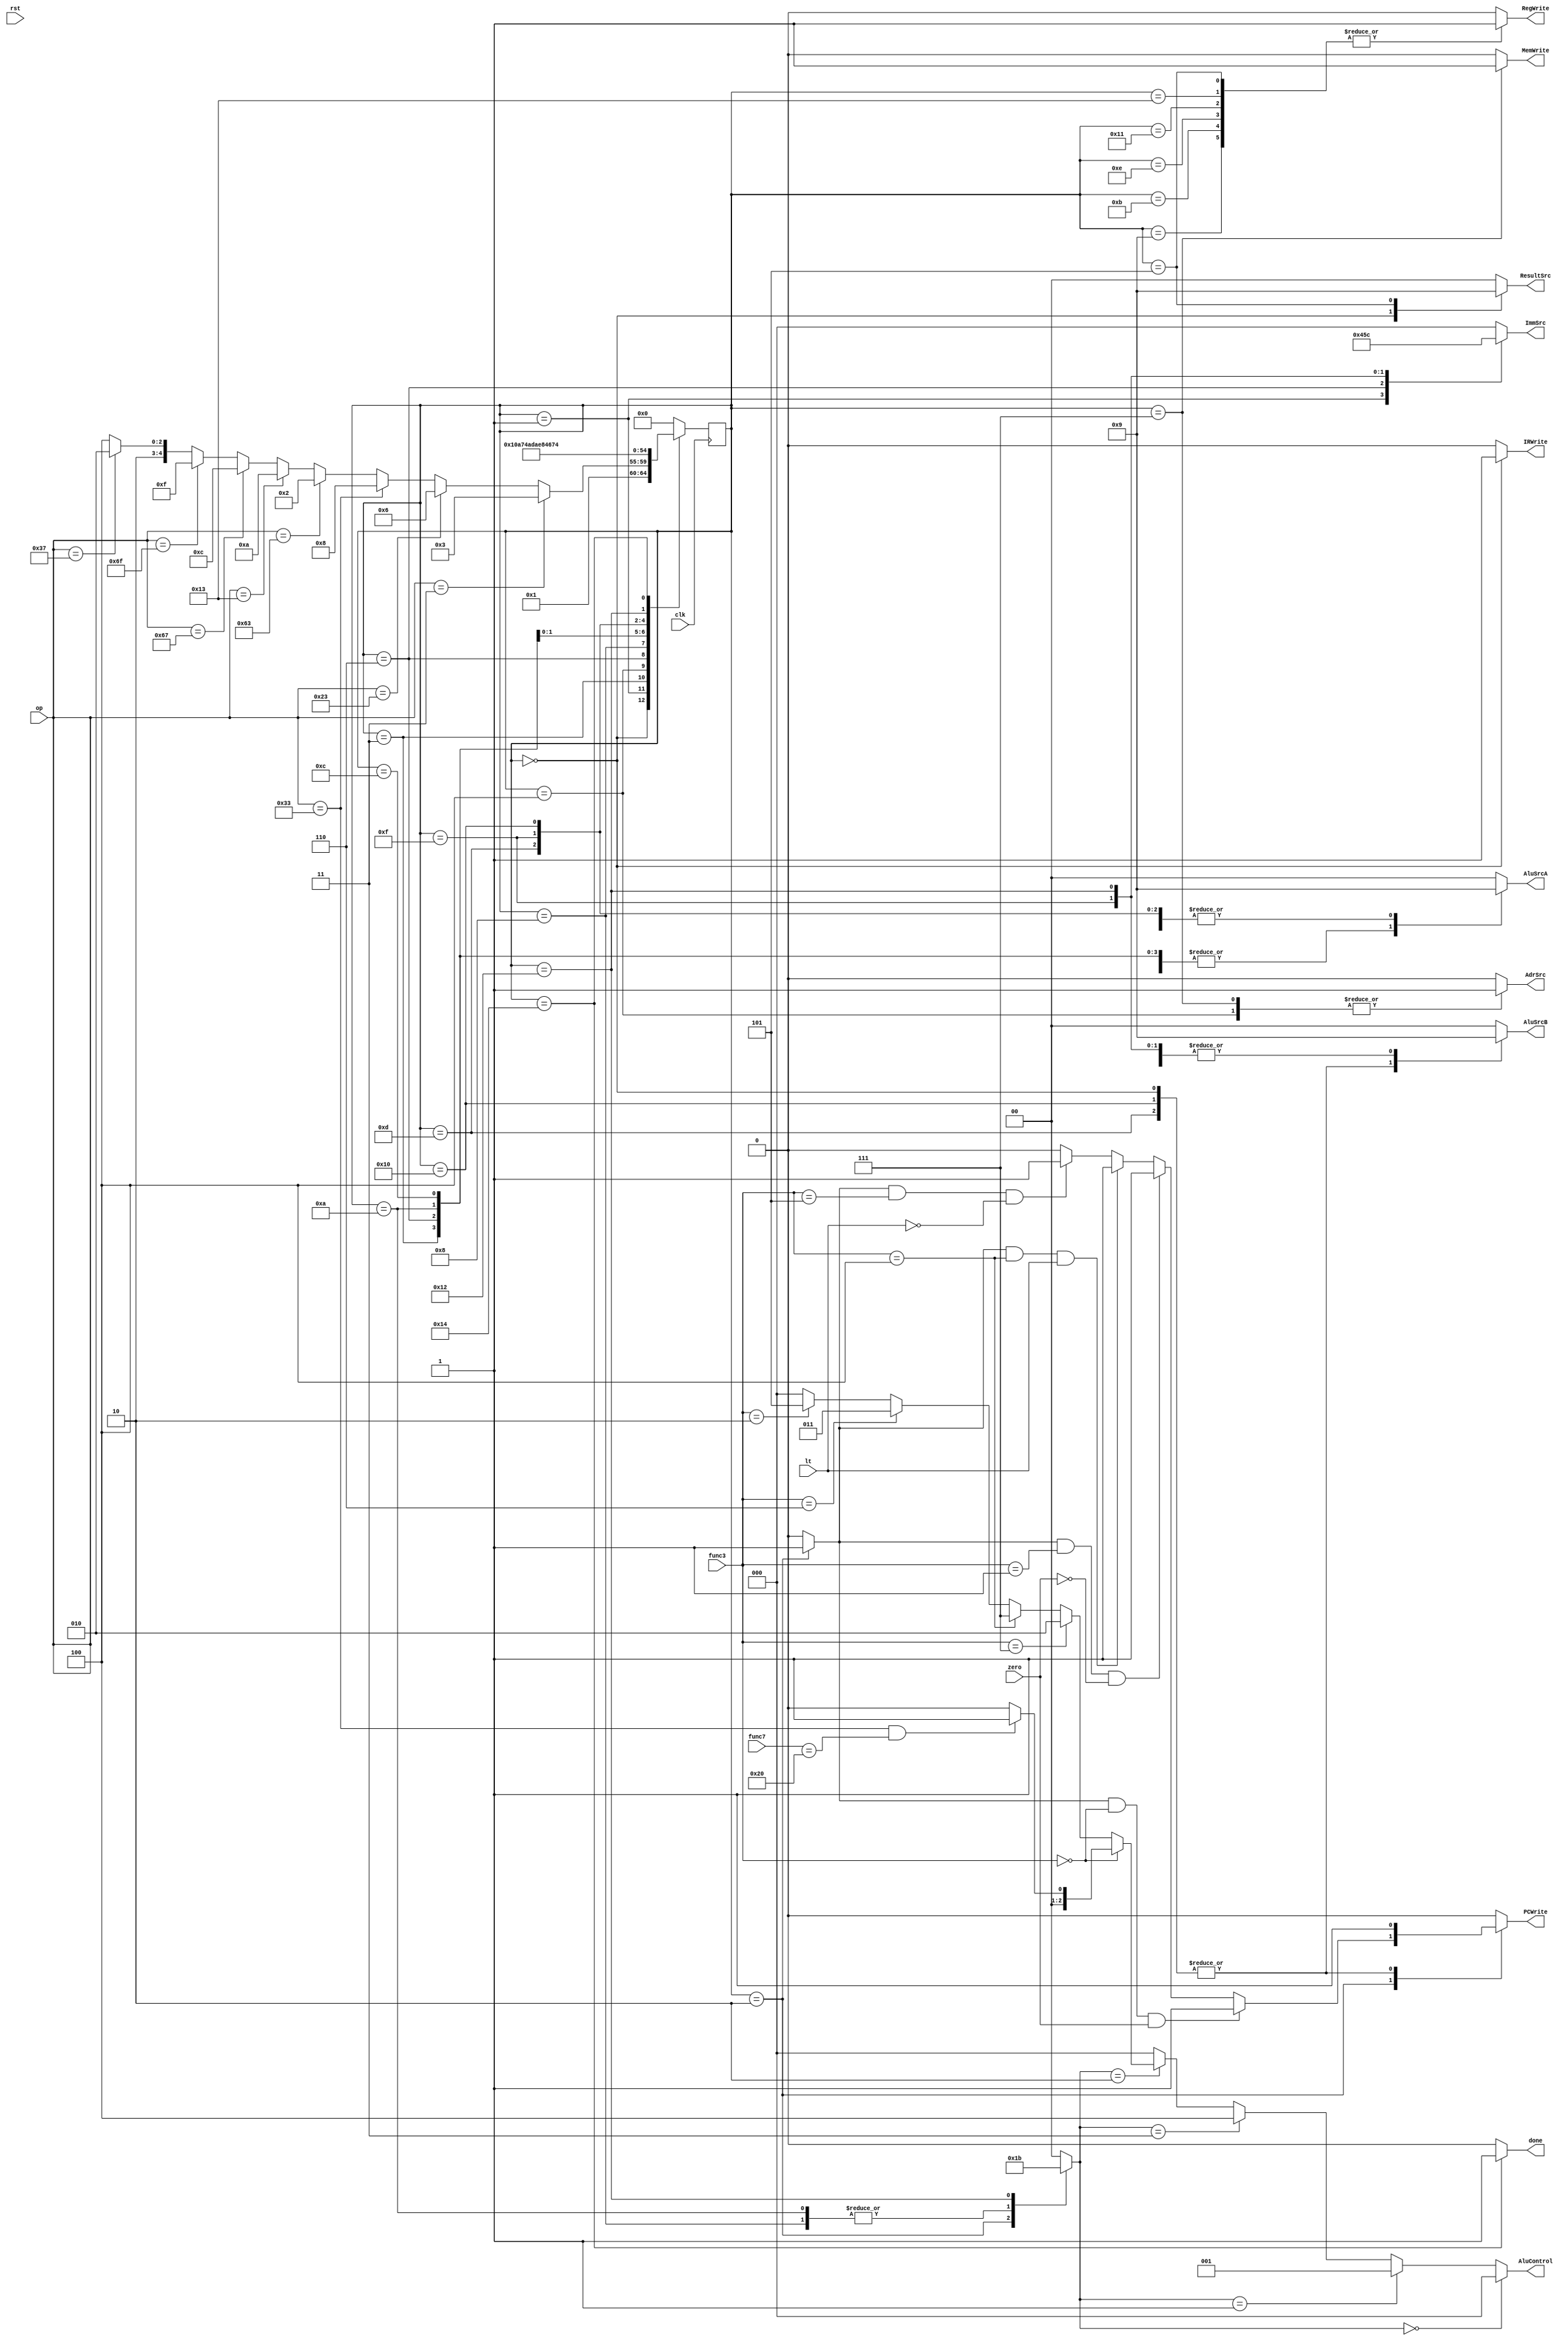
`define lw   7'b0000011
`define sw   7'b0100011
`define RT   7'b0110011
`define BT   7'b1100011
`define IT   7'b0010011
`define jalr 7'b1100111
`define jal  7'b1101111
`define lui  7'b0110111

`define S0  5'b00000
`define S1  5'b00001
`define S2  5'b00010
`define S3  5'b00011
`define S4  5'b00100
`define S5  5'b00101
`define S6  5'b00110
`define S7  5'b00111
`define S8  5'b01000
`define S9  5'b01001
`define S10 5'b01010
`define S11 5'b01011
`define S12 5'b01100
`define S13 5'b01101
`define S14 5'b01110
`define S15 5'b01111
`define S16 5'b10000
`define S17 5'b10001
`define S18 5'b10010
`define S19 5'b10011
`define S20 5'b10100

module controller(clk, rst, op, func3, func7, zero, lt, PCWrite, AdrSrc, MemWrite, IRWrite,
    ResultSrc, AluControl, AluSrcB, AluSrcA, ImmSrc, RegWrite, done);
input clk, rst, zero, lt;
input[6:0] op, func7;
input [2:0] func3;
output reg PCWrite, AdrSrc, MemWrite, IRWrite, RegWrite, done;
output reg[1:0] ResultSrc, AluSrcB, AluSrcA;
output reg[2:0] ImmSrc;
output[2:0] AluControl;
reg [1:0]AluOp;
reg branch;
reg[4:0] ns, ps = `S0;
wire beq, bne, blt, bge;
assign beq = branch & (func3 == 3'b000);
assign bne = branch & (func3 == 3'b001);
assign blt = branch & (func3 == 3'b100);
assign bge = branch & (func3 == 3'b101);
assign AluControl = (AluOp == 2'b00)? 3'b000:
                    (AluOp == 2'b01)? 3'b001:
                    (AluOp == 2'b11)? 3'b100:
                    (AluOp == 2'b10)? (func3 == 3'b000)? ((op == `RT & func7 == 7'b0100000)? 3'b001: 3'b000):
                                      (func3 == 3'b111)? 3'b010:
                                      (func3 == 3'b100)? 3'b111:
                                      (func3 == 3'b110)? 3'b011:
                                      (func3 == 3'b010)? 3'b101: 3'b000: 3'b000;

always@(ps, beq, bne, blt, bge, zero, lt) begin
 ns = `S0;
 {PCWrite, AdrSrc, MemWrite, IRWrite, RegWrite, branch, done} = 7'b0;
 {ResultSrc, AluSrcB, AluSrcA, AluOp} = 8'b0;
 ImmSrc = 3'b0;

 case(ps)
  `S0:  begin IRWrite = 1; AluSrcB = 2'b10; ResultSrc = 2'b10; PCWrite = 1; ns = `S1; end
  `S1:  begin AluSrcB = 2'b01; AluSrcA = 2'b01; ImmSrc = 3'b010; 
         ns = (op == `lw)? `S3:
      	(op == `sw)?   `S6:
      	(op == `RT)?   `S8:
      	(op == `BT)?   `S2:
      	(op == `IT)?   `S10:
      	(op == `jalr)? `S12:
      	(op == `jal)?  `S15:
      	(op == `lui)?  `S18: `S20;
        end
    	`S2:  begin AluSrcA = 2'b10; AluOp = 2'b01; branch = 1; PCWrite = (beq & zero)? 1:
									  (bne & ~zero)? 1:
									  (blt & lt)? 1:
									  (bge & ~lt)? 1:0;
		    ns = `S0; end
        `S3:  begin AluSrcA = 2'b10; AluSrcB = 2'b01; ns = `S4; end
        `S4:  begin AdrSrc = 1; ns = `S5; end
        `S5:  begin ResultSrc = 2'b01; RegWrite = 1; ns = `S0; end
        `S6:  begin ImmSrc = 3'b001; AluSrcA = 2'b10; AluSrcB = 2'b01; ns = `S7; end
        `S7:  begin AdrSrc = 1; MemWrite = 1; ns = `S0; end
        `S8:  begin AluSrcA = 2'b10; AluOp = 2'b10; ns = `S9; end
        `S9:  begin RegWrite = 1; ns = `S0; end
        `S10: begin AluSrcA = 2'b10; AluSrcB = 2'b01; AluOp = 2'b10; ns = `S11; end
        `S11: begin RegWrite = 1; ns = `S0; end
        `S12: begin AluSrcA = 2'b10; AluSrcB = 2'b01; ns = `S13; end
        `S13: begin PCWrite = 1; AluSrcA = 2'b01; AluSrcB = 2'b10; ns = `S14; end
        `S14: begin RegWrite = 1; ns = `S0; end
        `S15: begin AluSrcA = 2'b01; AluSrcB = 2'b01; ImmSrc = 3'b011; ns = `S16; end
        `S16: begin PCWrite = 1; AluSrcA = 2'b01; AluSrcB = 2'b10; ns = `S17; end
        `S17: begin RegWrite = 1; ns = `S0; end
        `S18: begin ImmSrc = 3'b100; AluSrcB = 2'b01; AluOp = 2'b11; ns = `S19; end
        `S19: begin RegWrite = 1; ns = `S0; end
  	`S20: begin done = 1; ns = `S20; end
 endcase
end

always@(posedge clk) begin
 ps <= ns;
end
endmodule